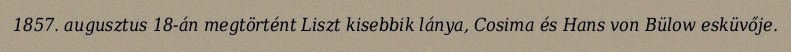
1857. augusztus 18-án megtörtént Liszt kisebbik lánya, Cosima és Hans von Bülow esküvője.